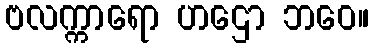
ဗလက္ကာရော ဟဌော ဘဝေ။